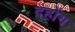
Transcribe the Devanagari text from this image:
दहोंग